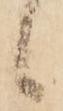
候